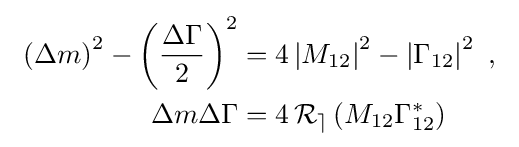
\ {\begin{aligned}\left(\Delta m\right)^{2}-\left({\frac {\Delta \Gamma }{2}}\right)^{2}&=4\left|M_{12}\right|^{2}-\left|\Gamma _{12}\right|^{2}\ ,\\\Delta m\Delta \Gamma &=4\operatorname {\mathcal {R_{e}}} \left(M_{12}\Gamma _{12}^{*}\right)\end{aligned}}\